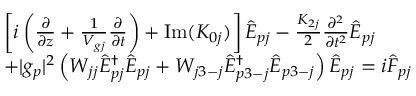
\begin{array} { r l } & { \left[ i \left( \frac { \partial } { \partial z } + \frac { 1 } { V _ { g j } } \frac { \partial } { \partial t } \right) + \mathrm { I m } ( K _ { 0 j } ) \right] \hat { E } _ { p j } - \frac { K _ { 2 j } } { 2 } \frac { \partial ^ { 2 } } { \partial t ^ { 2 } } \hat { E } _ { p j } } \\ & { + | g _ { p } | ^ { 2 } \left( W _ { j j } \hat { E } _ { p j } ^ { \dag } \hat { E } _ { p j } + W _ { j 3 - j } \hat { E } _ { p 3 - j } ^ { \dagger } \hat { E } _ { p 3 - j } \right) \hat { E } _ { p j } = i { \hat { \cal F } } _ { p j } } \end{array}